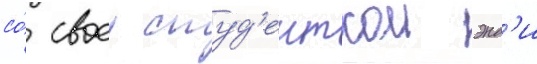
со́ своеи студ'енткои энд'и